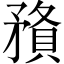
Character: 𥎉